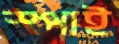
স্পাই